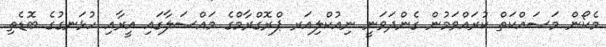
މެކޯން މަސައްކަތް ކުރައްވަމުން ގެންދަވަނީ ނިއުކްލިއަރ ޕްރޮގްރާމްގެ މައްސަލާގައި އީރާއި ހުޅަނގުގެ ބޮޑެތި